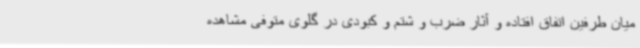
میان طرفین اتفاق افتاده و آثار ضرب و شتم و کبودی در گلوی متوفی مشاهده